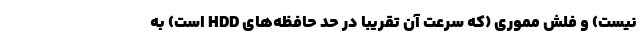
نیست) و فلش مموری (که سرعت آن تقریباٌ در حد حافظه‌های HDD است) به